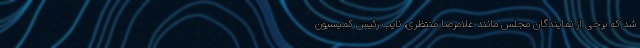
شد که برخی از نمایندگان مجلس مانند غلامرضا منتظری، نایب رئیس کمیسیون